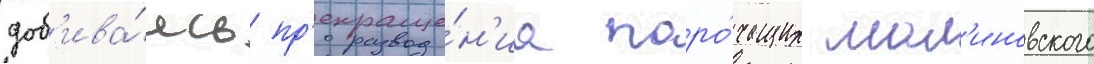
доб'ива́ясь пр'екраще́н'иа поро́чащих мал'иновского